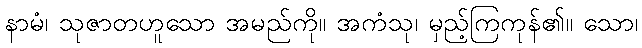
နာမံ၊ သုဇာတဟူသော အမည်ကို။ အကံသု၊ မှည့်ကြကုန်၏။ သော၊